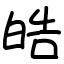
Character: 皓